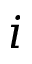
i